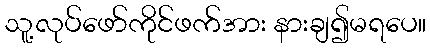
သူ့လုပ်ဖော်ကိုင်ဖက်အား နားချ၍မရပေ။